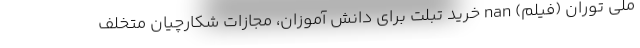
ملی توران (فیلم) nan خرید تبلت برای دانش آموزان، مجازات شکارچیان متخلف